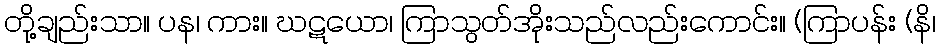
တို့ချည်းသာ။ ပန၊ ကား။ ဃဋယော၊ ကြာသွတ်အိုးသည်လည်းကောင်း။ (ကြာပန်း (နိ၊